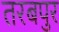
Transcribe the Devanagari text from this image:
तरबपुर